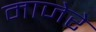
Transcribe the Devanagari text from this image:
माजेरे